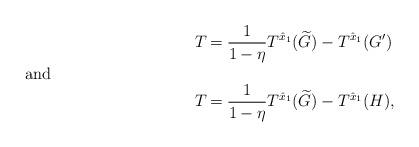
LaTeX: \begin{align*} T_{} &= \frac{1}{1-\eta}T^{\hat x_1}(\widetilde G) - T^{\hat x_1}(G') \shortintertext{and} T_{} &= \frac{1}{1-\eta}T^{\hat x_1}(\widetilde G) - T^{\hat x_1}(H),\end{align*}